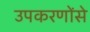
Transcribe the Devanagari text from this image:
उपकरणोंसे